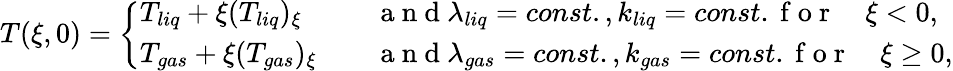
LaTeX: \begin{array}{r}{T(\xi,0)=\left\{ \begin{array}{ll}{T_{liq}+\xi(T_{liq})_{\xi}\quad}&{\mathrm{~a~n~d~}\lambda_{liq}=const.,k_{liq}=const.\mathrm{~f~o~r~}\quad\xi<0,}\\ {T_{gas}+\xi(T_{gas})_{\xi}\quad}&{\mathrm{~a~n~d~}\lambda_{gas}=const.,k_{gas}=const.\mathrm{~f~o~r~}\quad\xi\geq 0,}\end{array}\right.}\end{array}